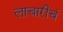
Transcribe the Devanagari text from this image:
लाचारीचं